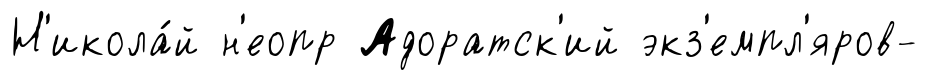
Н'икола́й н'еопр Адоратск'ий экз'емпл'яров-